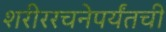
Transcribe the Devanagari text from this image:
शरीररचनेपर्यंतची